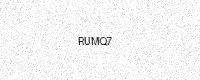
Text: RUMQ7